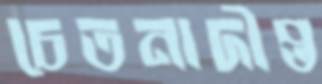
চেতনাদীপ্ত